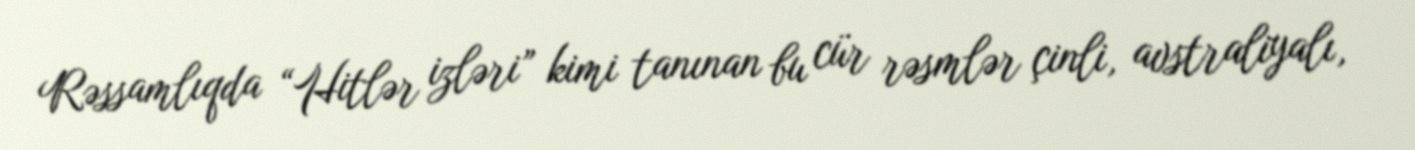
Rəssamlıqda “Hitlər izləri” kimi tanınan bu cür rəsmlər çinli, avstraliyalı,